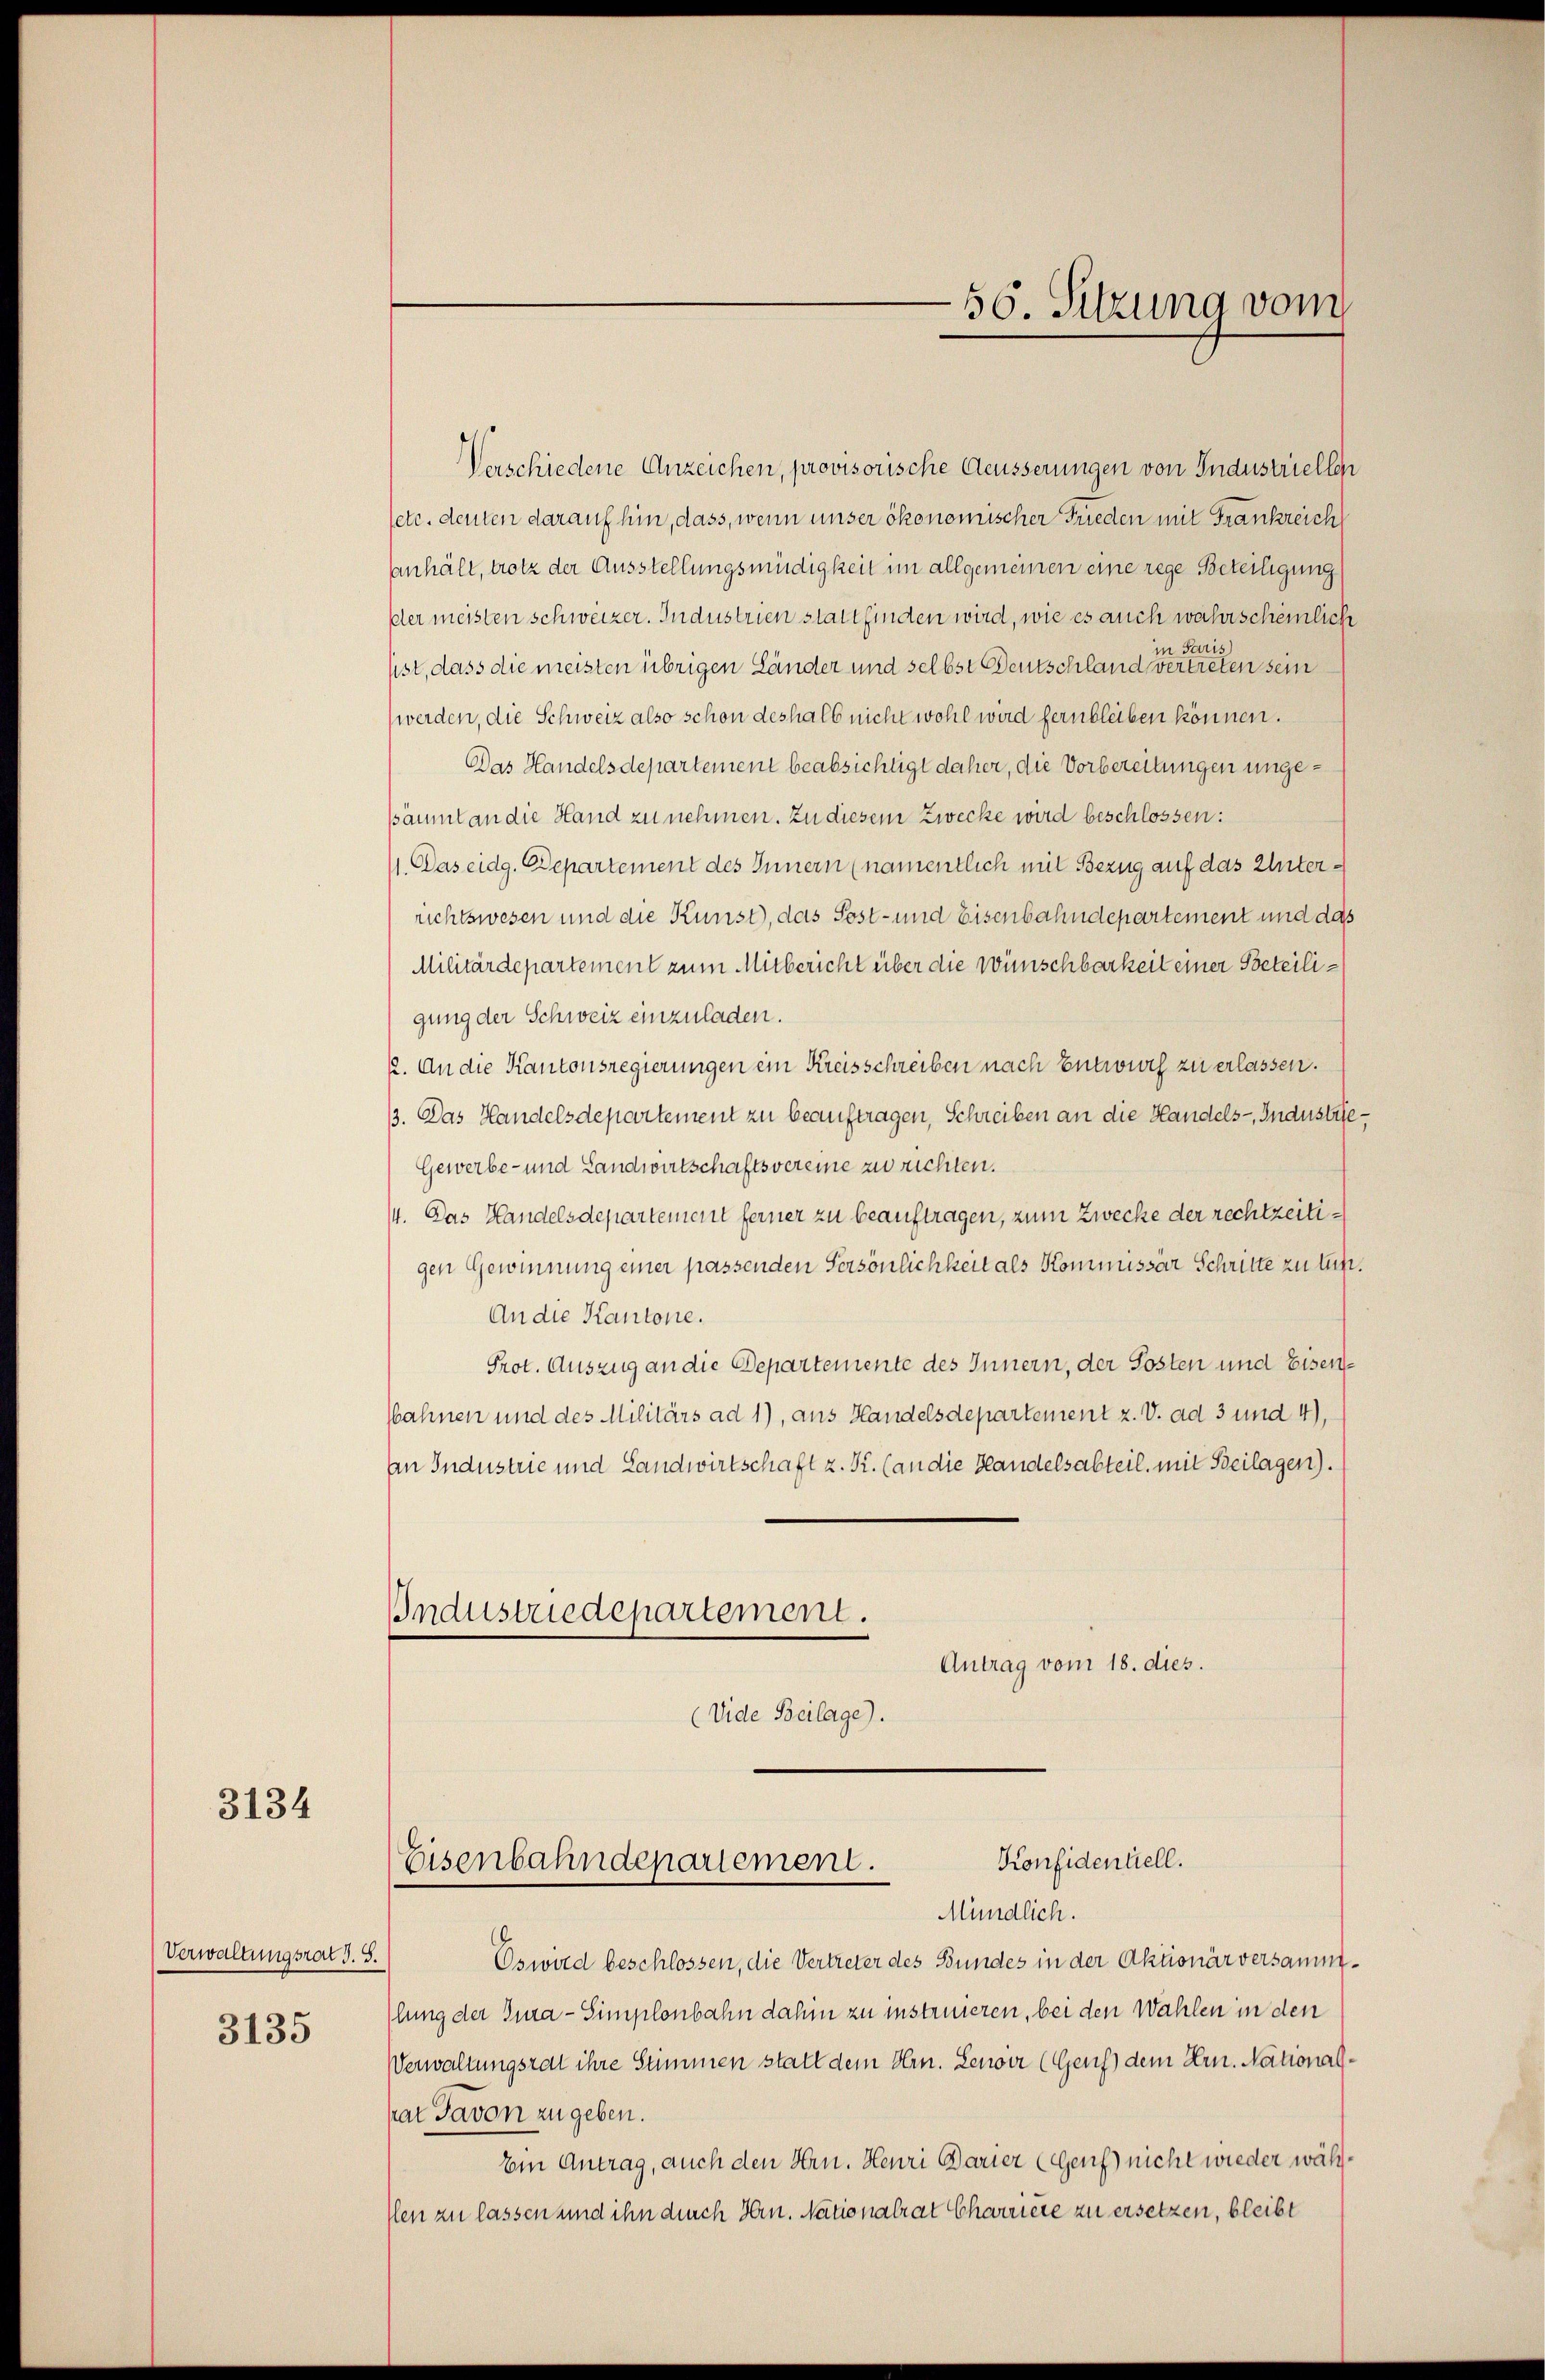
3134

Verwaltungsrat J. S.
3135

Verschiedene Anzeichen, provisorische Aeusserungen von Industriellen
etc. deuten darauf hin, dass, wenn unser ökonomischer Frieden mit Frankreich
anhält, trotz der Ausstellungsmüdigkeit im allgemeinen eine rege Beteiligung
ßler meisten schweizer. Industrien stattfinden wird, wie es auch wahrscheinlich
in Pari
sist, dass die meisten übrigen Länder und selbst Deutschland vertreten sein
werden, die Schweiz also schon deshalb nicht wohl wird fern bleiben können.
Das Handelsdepartement beabsichtigt daher, die Vorbereitungen ungesäumt an die Hand zu nehmen. Zu diesem Zwecke wird beschlossen:
1. Das eidg. Departement des Innern (namentlich mit Bezug auf das Unterrichtswesen und die Kunst, das Post- und Eisenbahndepartement und das
Militärdepartement zum Mitbericht über die Wünschbarkeit einer Beteiligung der Schweiz einzuladen.
2. An die Kantonsregierungen ein Kreisschreiben nach Entwurf zu erlassen.
13. Das Handelsdepartement zu beauftragen, Schreiben an die Handels- Industrie¬
Gewerbe- und Landwirtschaftsvereine zu richten.
14. Das Handelsdepartement ferner zu beauftragen, zum Zwecke der rechtzeitigen Gewinnung einer passenden Persönlichkeit als Kommissar Schritte zu tun.
An die Kantone.
Prot. Auszug an die Departemente des Innern, der Posten und Eisenahnen und des Militärs ad 1), aus Handelsdepartement z. V. ad 3 und 4),
An Industrie und Landwirtschaft z. Kr. (an die Handelsabteil, mit Beilagen).
Bndustriedepartement.
Antrag vom 18. dies.
(Vide Beilage).

Mündlich.
Oswird beschlossen, die Vertreter des Bundes in der Aktionär versammlung der Jura - Simplonbahn dahin zu instruieren, bei den Wahlen in den
Verwaltungsrat ihre Stimmen statt dem Hrn. Lenoer (Genf dem Ern. Nationalhat davon zu geben.
Ein Antrag, auch den Hrn. Heuri Barier (Genf nicht wieder wäh¬
Ien zu lassen und ihn durch Hrn. Nationalrat Charriere zu ersetzen, bleibt

56. Sitzung vom

Konfidentiell.
Eisenbahndepartement.